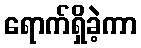
ရောက်ရှိခဲ့ကာ